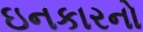
ઇનકારનો